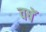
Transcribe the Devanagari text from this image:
वषॅ